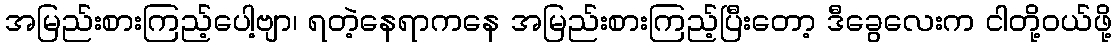
အမြည်းစားကြည့်ပေါ့ဗျာ၊ ရတဲ့နေရာကနေ အမြည်းစားကြည့်ပြီးတော့ ဒီခွေလေးက ငါတို့ဝယ်ဖို့